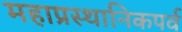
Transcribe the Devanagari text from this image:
महाप्रस्थानिकपर्व